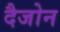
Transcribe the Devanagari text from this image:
दैजोन